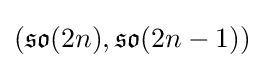
({\mathfrak {so}}(2n),{\mathfrak {so}}(2n-1))